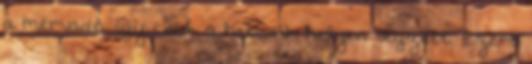
a mérvadó, így csak a hetedik helyen végzett. Ezért